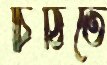
চিঠিতে